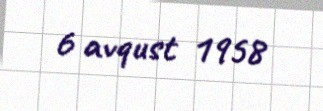
6 avqust 1958